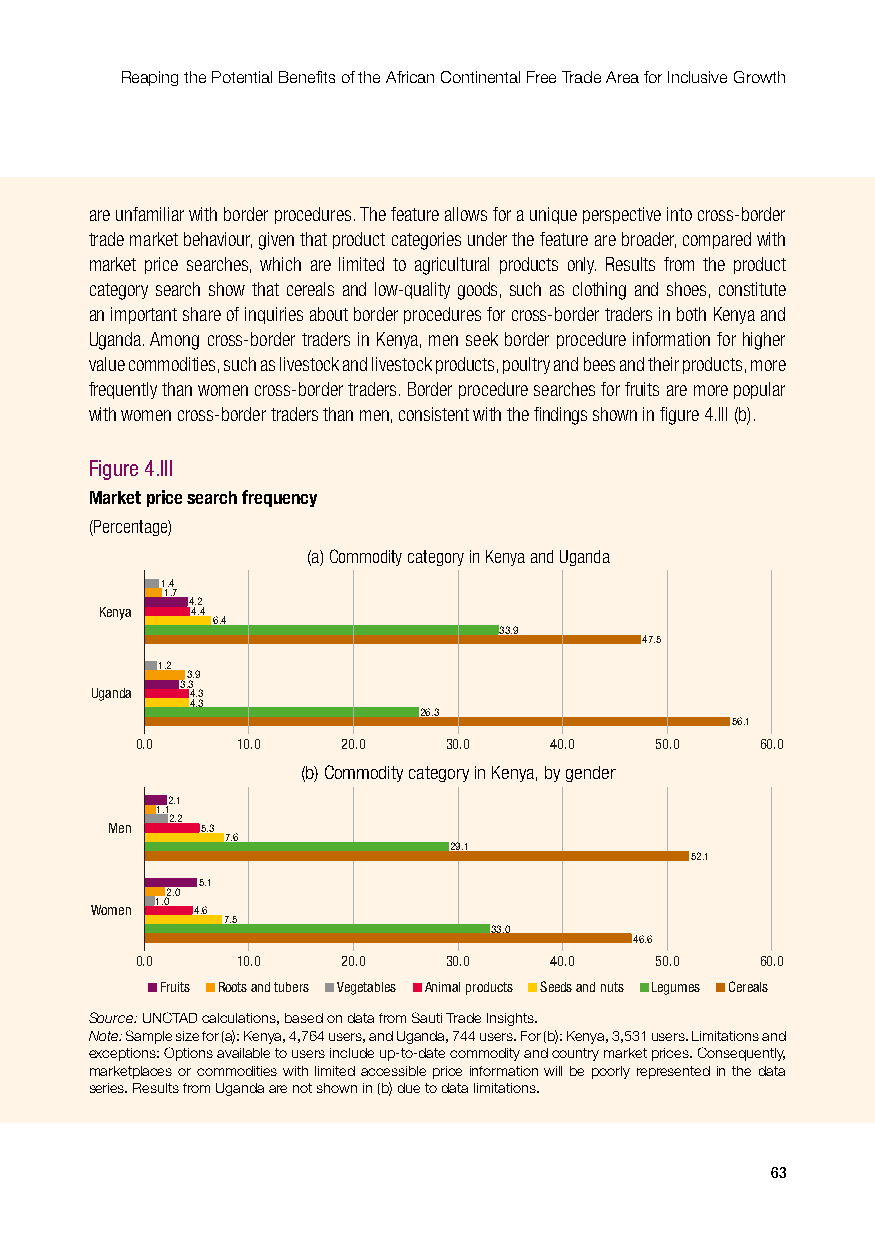
Reaping the Potential Benefits of the African Continental Free Trade Area for Inclusive Growth
 are unfamiliar with border procedures. The feature allows for a unique perspective into cross-border
 trade market behaviour, given that product categories under the feature are broader, compared with
 market price searches, which are limited to agricultural products only. Results from the product
 category search show that cereals and low-quality goods, such as clothing and shoes, constitute
 an important share of inquiries about border procedures for cross-border traders in both Kenya and
 Uganda. Among cross-border traders in Kenya, men seek border procedure information for higher
 value commodities, such as livestock and livestock products, poultry and bees and their products, more
 frequently than women cross-border traders. Border procedure searches for fruits are more popular
 with women cross-border traders than men, consistent with the findings shown in figure 4.III (b).
 Figure 4.III
 Market price search frequency
 (Percentage)
 (a) Commodity category in Kenya and Uganda
 1.4
 1.7
 4.2
 Kenya 4.4
 6.4
 33.9
 47.5
 1.2
 3.9
 3.3
 Uganda 4.3
 4.3
 26.3
 56.1
 0.0    10.0   20.0  30.0   40.0   50.0   60.0
 (b) Commodity category in Kenya, by gender
 2.1
 1.1
 2.2
 Men   5.3
 7.6
 29.1
 52.1
 5.1
 2.0
 1.0
 Women  4.6
 7.5
 33.0
 46.6
 0.0    10.0   20.0  30.0   40.0   50.0   60.0
 Fruits Roots and tubers Vegetables Animal products Seeds and nuts Legumes Cereals
 Source: UNCTAD calculations, based on data from Sauti Trade Insights.
 Note: Sample size for (a): Kenya, 4,764 users, and Uganda, 744 users. For (b): Kenya, 3,531 users. Limitations and
 exceptions: Options available to users include up-to-date commodity and country market prices. Consequently,
 marketplaces or commodities with limited accessible price information will be poorly represented in the data
 series. Results from Uganda are not shown in (b) due to data limitations.
 63